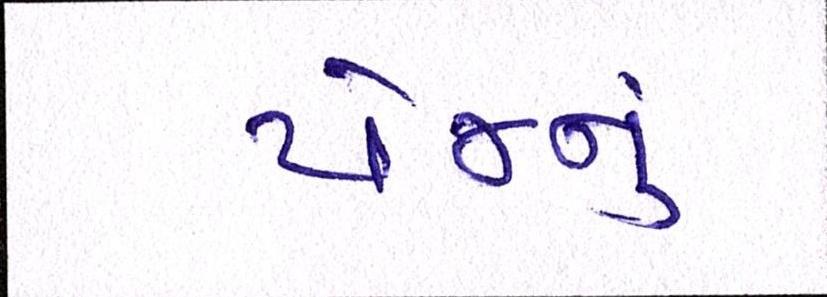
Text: પેજનું